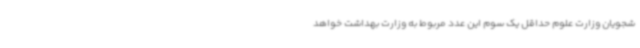
شجویان وزارت علوم حداقل یک سوم این عدد مربوط به وزارت بهداشت خواهد